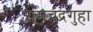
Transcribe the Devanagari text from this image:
रामचंद्रगुहा